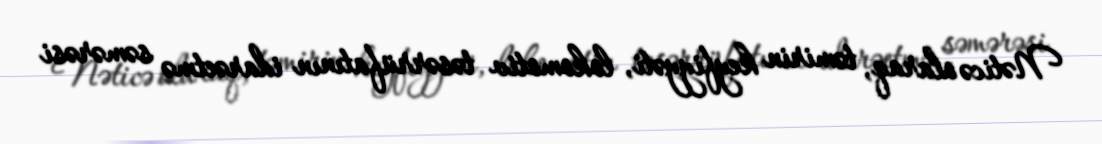
Nəticə olaraq, təmirin keyfiyyəti, lokomotiv təsərrüfatının idarəetmə səmərəsi